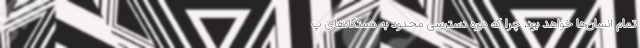
تمام انسان‌ها خواهد بود، چرا که دوره دسترسی محدود به دستگاه‌های پ